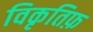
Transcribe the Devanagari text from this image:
विकृतिफ़